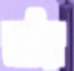
আবিয়া